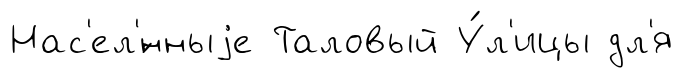
Нас'ел'́нныjе Таловый У́л'ицы дл'я